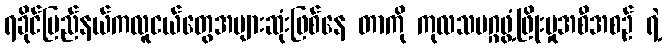
ရခိုင်ပြည်နယ်ကလူငယ်တွေအများဆုံးဖြစ်နေ တာကို ကုလသမဂ္ဂဖွံ့ဖြိုးမှုအစီအစဉ် ရဲ့